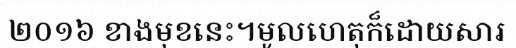
២០១៦ ខាងមុខនេះ។មូលហេតុក៏ដោយសារ